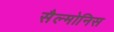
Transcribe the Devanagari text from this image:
सैल्मोनिस